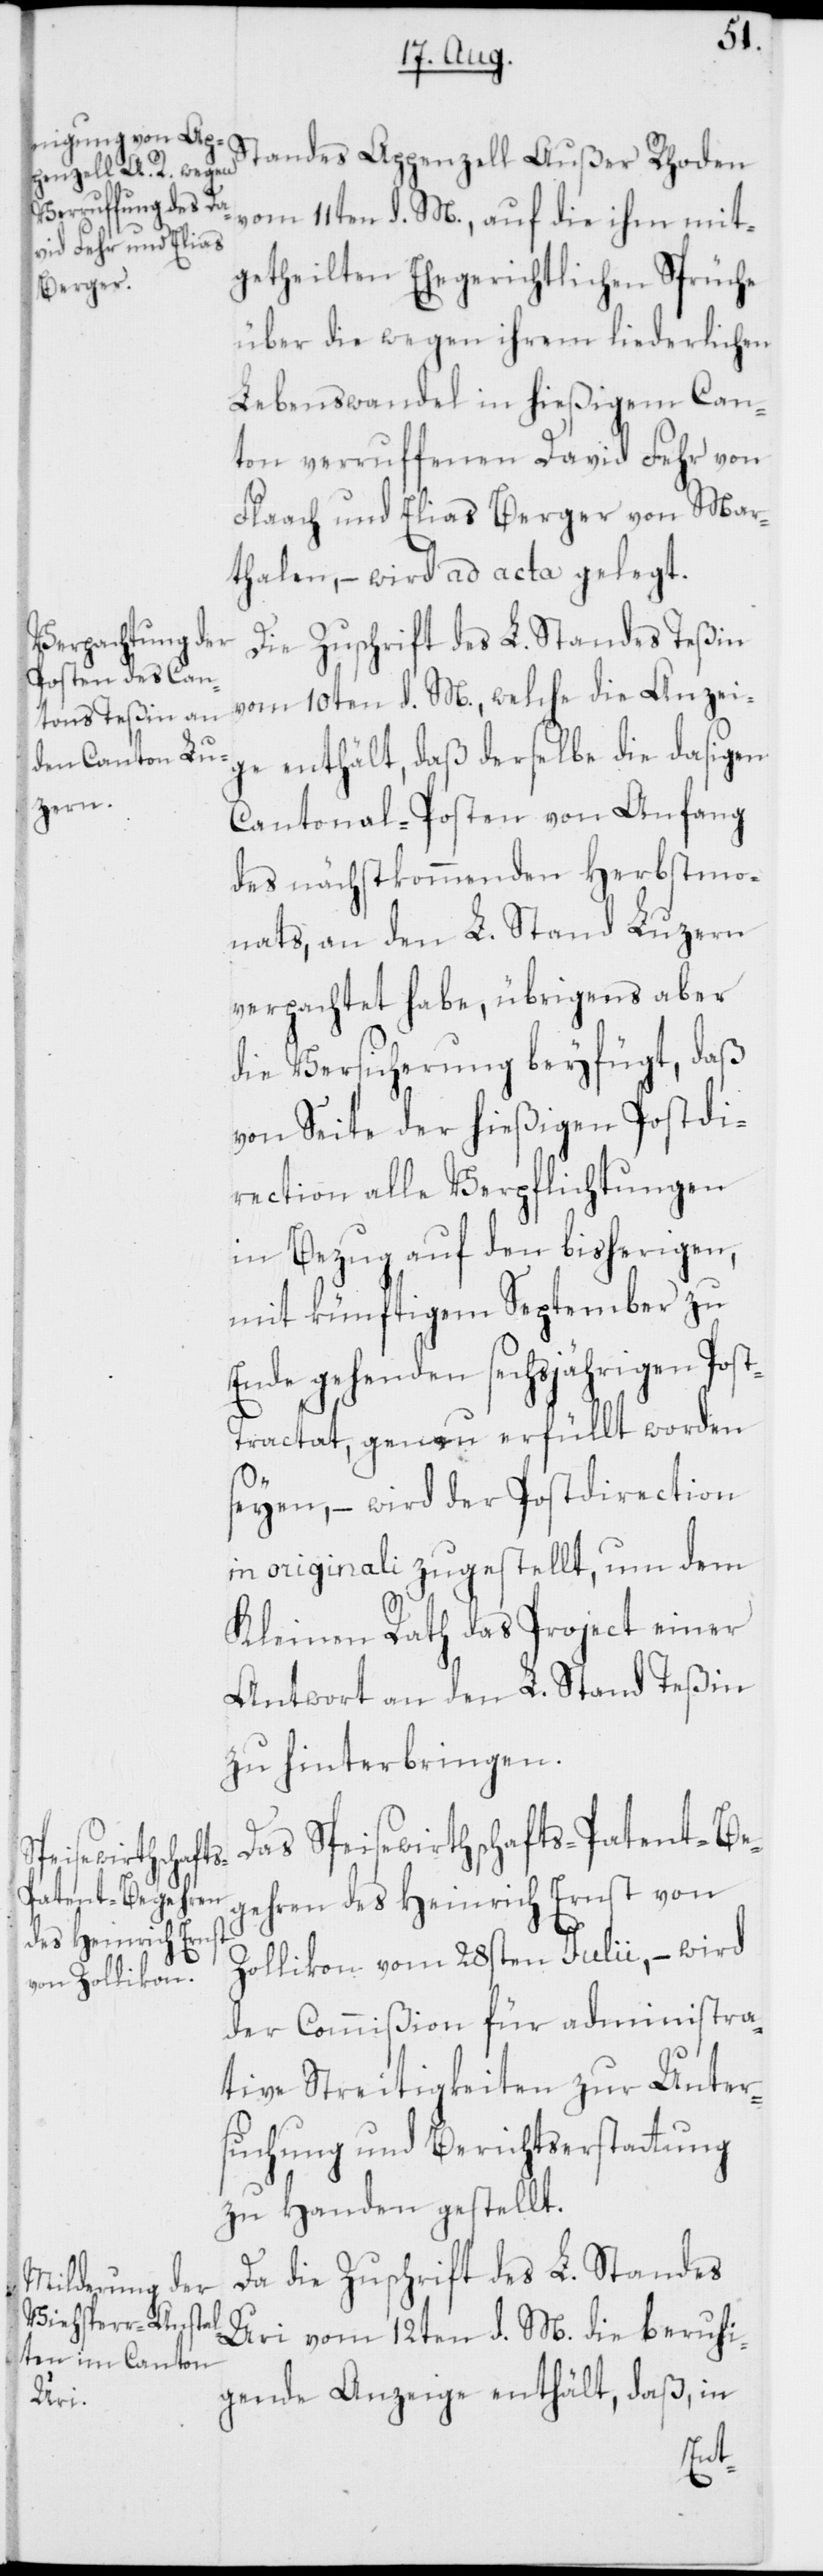
vom 11ten d. M., auf die ihm mit¬
getheilten Ehegerichtlichen Sprüche
über die wegen ihrem liederlichen
Lebenswandel in hießigem Can¬
ton verruffenen David Fehr von
Flaach und Elias Berger von Mar¬
thalen, – wird ad acta gelegt.
Die Zuschrift des L. Standes Teßin
vom 10ten d. M., welche die Anzei¬
ge enthält, daß derselbe die dasigen
Cantonal-Posten von Anfang
des nächstkommenden Herbstmo¬
nats, an den L. Stand Luzern
verpachtet habe, übrigens aber
die Versicherung beyfügt, daß
von Seite der hießigen Postdi¬
rection alle Verpflichtungen
in Bezug auf den bisherigen,
mit künftigem September zu
Ende gehenden sechsjährigen Pos¬
t-Tractat, genau erfüllt worden
seyen, – wird der Postdirection
in originali zugestellt, um dem
Kleinen Rath das Project einer
Antwort an den L. Stand Teßin
zu hinterbringen.
Das Speisewirthschafts-Patent-Be¬
gehren des Heinrich Ernst von
Zollikon vom 28sten Julii, – wird
der Commißion für administra¬
tive Streitigkeiten zur Unter¬
suchung und Berichtserstattung
zu Handen gestellt.
Da die Zuschrift des L. Standes
Uri vom 12ten d. M. die beruhi¬
gende Anzeige enthält, daß, in